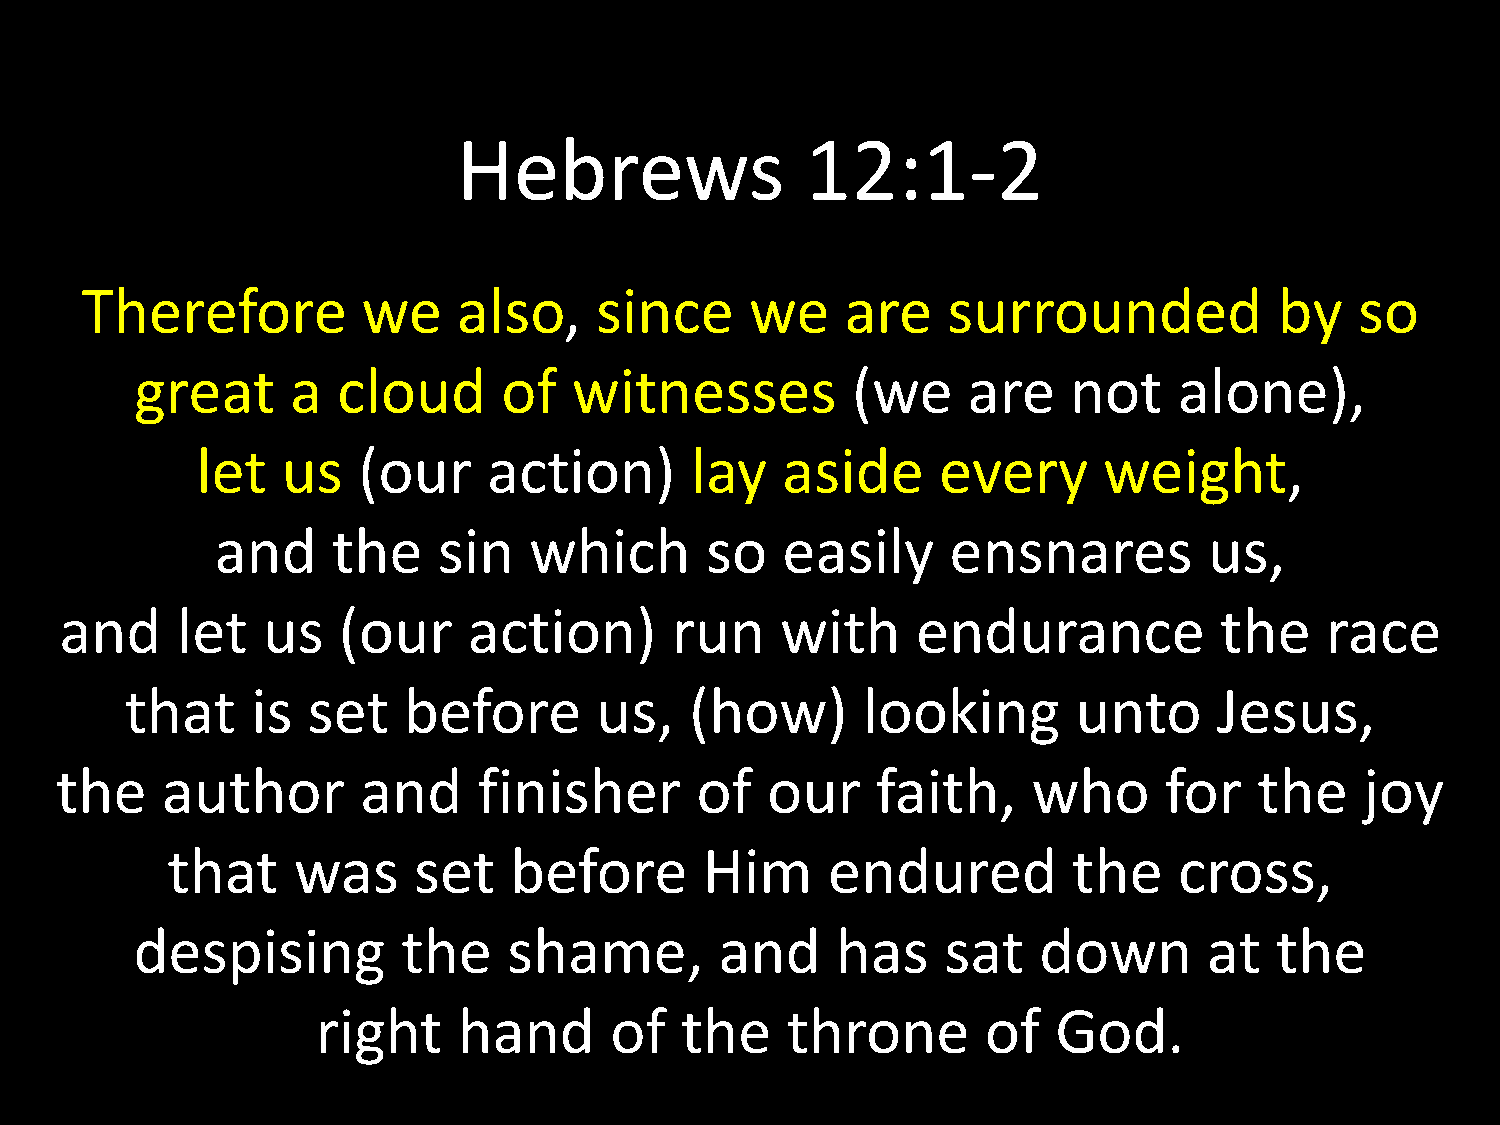
Hebrews                12:1-2
 Therefore          we    also,    since      we    are    surrounded            by   so
 great     a  cloud      of   witnesses         (we     are    not    alone),
 let   us   (our    action)       lay   aside     every      weight,
 and     the    sin   which       so   easily     ensnares         us,
 and     let  us   (our     action)      run     with     endurance           the    race
 that     is set    before      us,    (how)      looking       unto      Jesus,
 the    author       and     finisher      of   our    faith,    who      for   the    joy
 that    was     set    before       Him     endured         the    cross,
 despising         the    shame,        and    has     sat   down       at  the
 right    hand      of   the    throne       of   God.